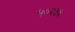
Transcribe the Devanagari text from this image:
५०२३६